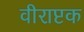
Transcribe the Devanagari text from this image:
वीराष्टक